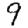
Digit: 9